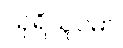
သုရိယူပမာ